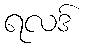
ရလဒ်